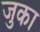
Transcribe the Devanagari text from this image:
जुका